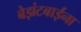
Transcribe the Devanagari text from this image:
बेझंटबाईंना